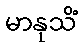
မာနုသိံ